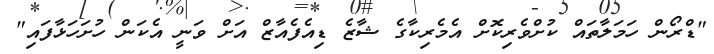
"ޑްރޯން ހަމަލާތައް ކުށްވެރިކޮށް އެމެރިކާގެ ޝާޒެ ޑިއެފެއާޒް އަށް ވަނީ އެކަން ހުށަހަޅާފައި"